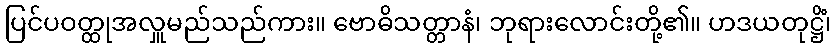
ပြင်ပဝတ္ထုအလှူမည်သည်ကား။ ဗောဓိသတ္တာနံ၊ ဘုရားလောင်းတို့၏။ ဟဒယတုဋ္ဌိံ၊